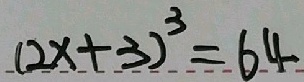
( 2 x + 3 ) ^ { 3 } = 6 4